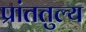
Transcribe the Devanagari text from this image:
प्रांततुल्य